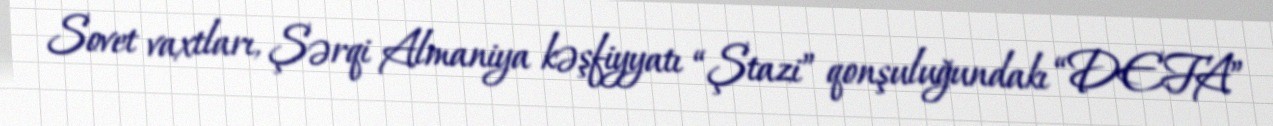
Sovet vaxtları, Şərqi Almaniya kəşfiyyatı “Ştazi” qonşuluğundakı “DEFA”